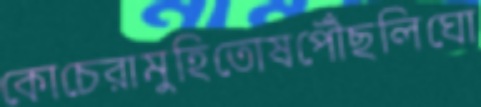
কোচেরামুহিতোষপৌঁছলিঘো